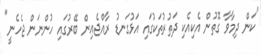
"ކަން ދިމާވާ ގޮތުން އެކިއެކި ދަތުރުތަކުގައި އަޅުގަނޑު ރާއްޖެއިން ބޭރުގައި ހުންނަން ޖެހެނީ"